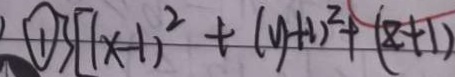
\textcircled { 1 } [ ( x - 1 ) ^ { 2 } + ( y + 1 ) ^ { 2 } + ( z + 1 )